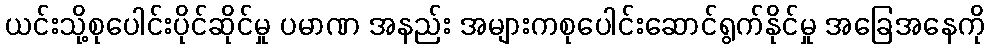
ယင်းသို့စုပေါင်းပိုင်ဆိုင်မှု ပမာဏ အနည်း အများကစုပေါင်းဆောင်ရွက်နိုင်မှု အခြေအနေကို